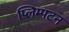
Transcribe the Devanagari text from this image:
प्लिम्पटन